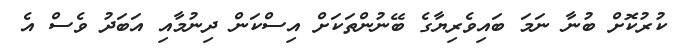
ކުރުކޮށް ބުނާ ނަމަ ބައިވެރިޔާގެ ބޭނުންތަކަށް އިސްކަން ދިނުމާއި އަބަދު ވެސް އެ